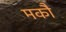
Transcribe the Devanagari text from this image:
मकौ